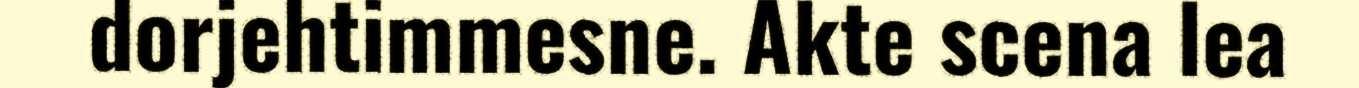
dorjehtimmesne. Akte scena lea